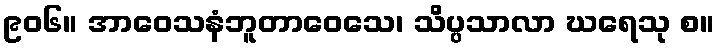
၉၀၆။ အာဝေသနံဘူတာဝေသေ၊ သိပ္ပသာလာ ဃရေသု စ။